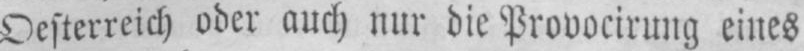
Oesterreich oder auch nur die Provocirung eines